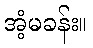
အံ့မခန်း။